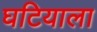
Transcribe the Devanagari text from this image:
घटियाला